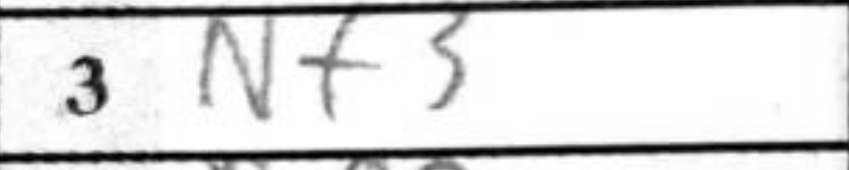
Transcription: Nf3